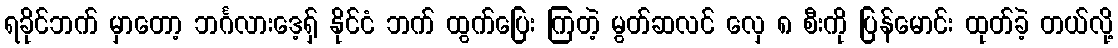
ရခိုင်ဘက် မှာတော့ ဘင်္ဂလားဒေ့ရှ် နိုင်ငံ ဘက် ထွက်ပြေး ကြတဲ့ မွတ်ဆလင် လှေ ၈ စီးကို ပြန်မောင်း ထုတ်ခဲ့ တယ်လို့